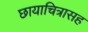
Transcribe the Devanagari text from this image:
छायाचित्रासह